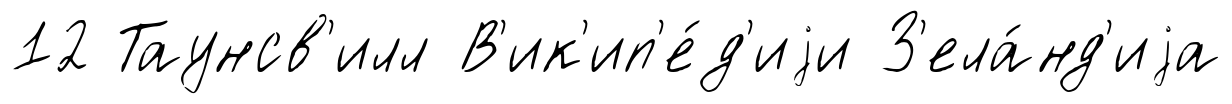
12 Таунсв'илл В'ик'ип'е́д'иjи З'ела́нд'иjа